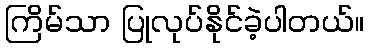
ကြိမ်သာ ပြုလုပ်နိုင်ခဲ့ပါတယ်။